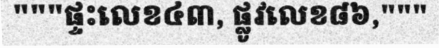
"""ផ្ទះលេខ៤៣, ផ្លូវលេខ៨៦,"""